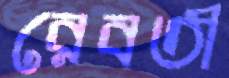
রেবতী